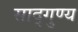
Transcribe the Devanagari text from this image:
साद्गुण्य